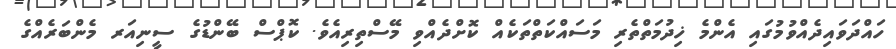
ހައްދަވައިދެއްވުމުގައި އެންމެ ޚިދުމަތްތެރި މަސައްކަތްތަކެއް ކޮށްދެއްވި މޭސްތިރިއެވެ. ކޮޕްސް ބޭންޑުގެ ސީނިއަރ މެންބަރެއްގެ